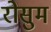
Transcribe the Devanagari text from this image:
रोसुम